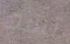
تشد